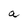
Character: a